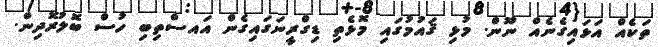
ތަކެއް އަޅައިގެނެއް ނޫން. މުޅި ޤައުމުގައި މޮޅެތި ޑިގްރީނަގައިގެން އައސްތިބި ހުސް ބޮލުރޮދިން.